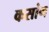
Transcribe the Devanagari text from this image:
कसांग